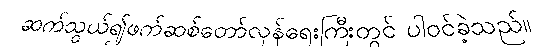
ဆက်သွယ်၍ဖက်ဆစ်တော်လှန်ရေးကြီးတွင် ပါဝင်ခဲ့သည်။